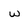
Character: w